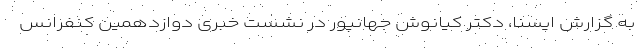
به گزارش ایسنا، دکتر کیانوش جهانپور در نشست خبری دوازدهمین کنفرانس